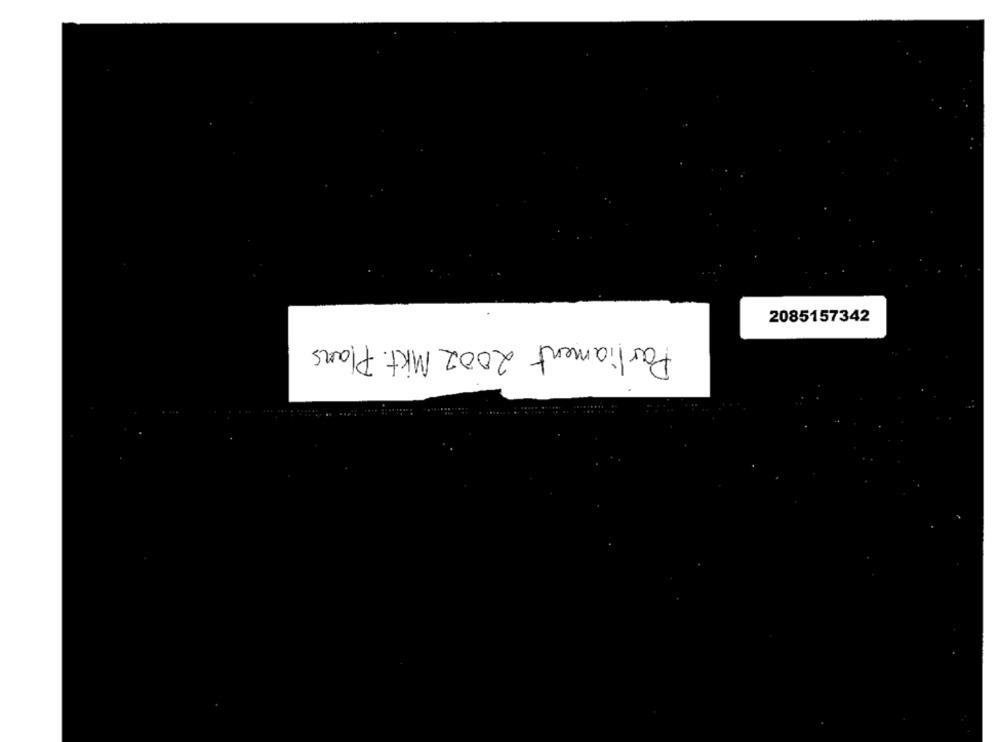
2085157342
Parliament 2002 Mkt. Plans